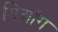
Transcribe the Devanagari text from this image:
गिआंग